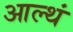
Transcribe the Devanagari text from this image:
आल्थं